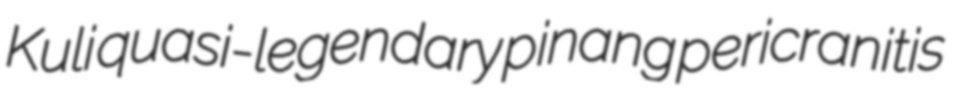
Kuli quasi-legendary pinang pericranitis